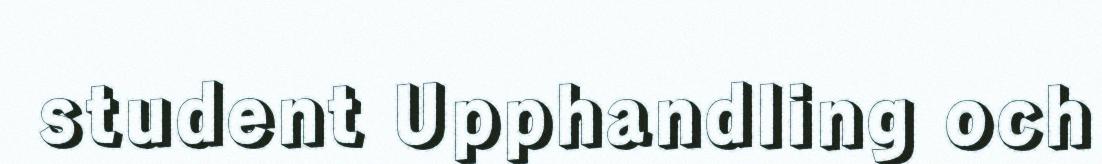
student Upphandling och